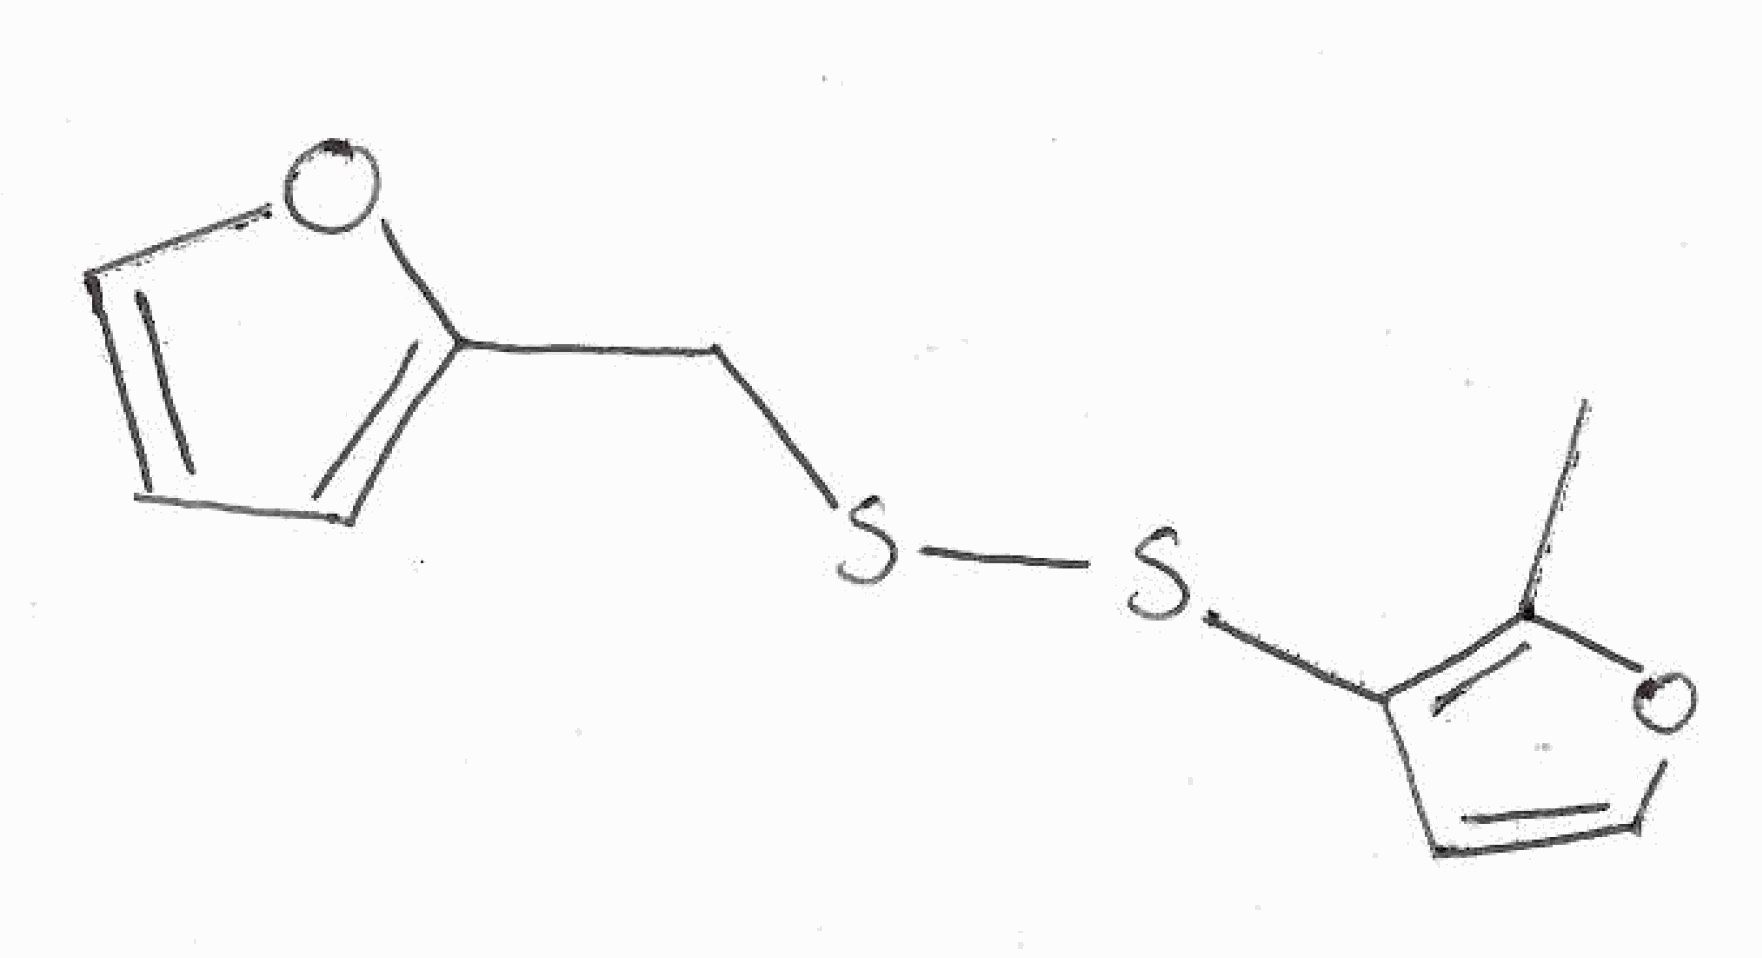
Simplified molecular-input line-entry system (SMILES) notation of the given molecule:
CC1=C(C=CO1)SSCC2=CC=CO2